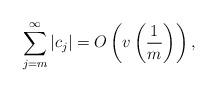
LaTeX: \begin{align*}\sum_{j=m}^{\infty}|c_j|=O\left(v\left(\frac{1}{m}\right)\right), \end{align*}